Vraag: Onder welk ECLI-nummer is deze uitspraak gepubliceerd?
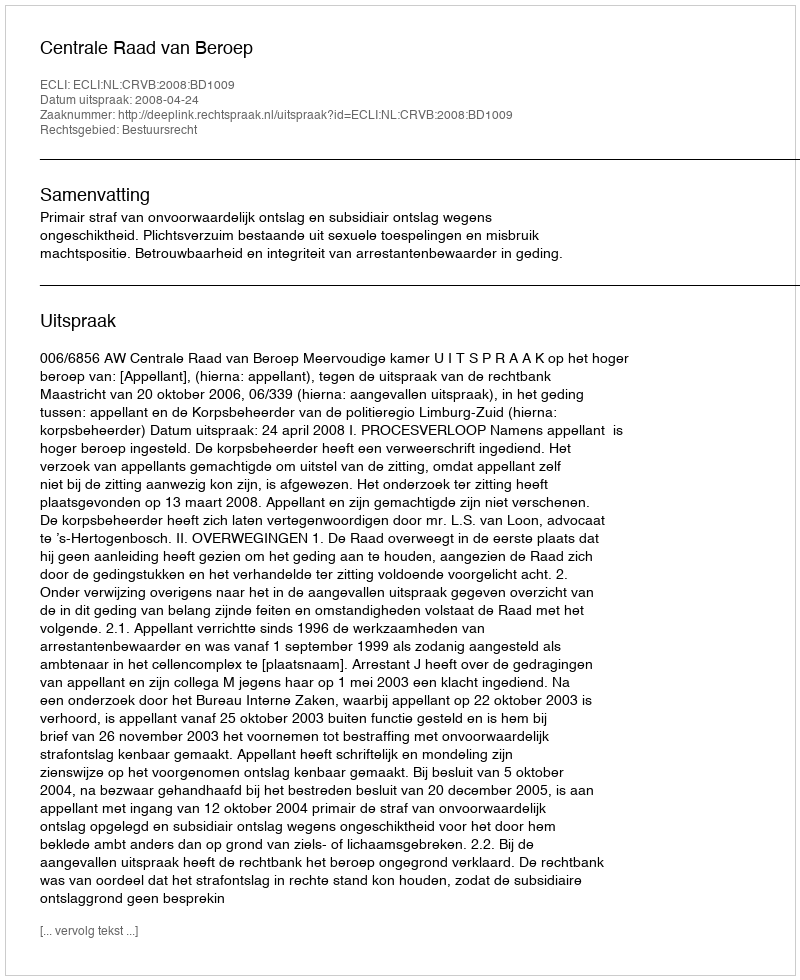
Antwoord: ECLI:NL:CRVB:2008:BD1009